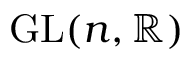
{ \mathrm { G L } } ( n , \mathbb { R } )